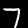
Digit: 7